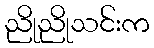
ညိုညိုသင်းက